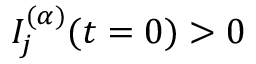
I _ { j } ^ { ( \alpha ) } ( t = 0 ) > 0